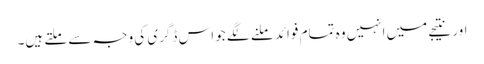
اور نتیجے میں انہیں وہ تمام فوائد ملنے لگے جو اس ڈگری کی وجہ سے ملتے ہیں۔